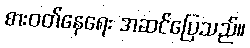
စားဝတ်နေရေး အဆင်ပြေသည်။